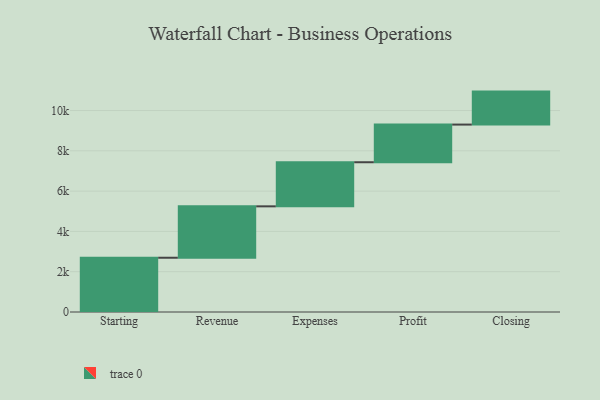
{"axis": {"x": "Step", "y": "Value"}, "legend": [""], "data": [{"x": "Starting", "y": 2693.0, "type": ""}, {"x": "Revenue", "y": 2551.0, "type": ""}, {"x": "Expenses", "y": 2189.0, "type": ""}, {"x": "Profit", "y": 1869.0, "type": ""}, {"x": "Closing", "y": 1637.0, "type": ""}]}